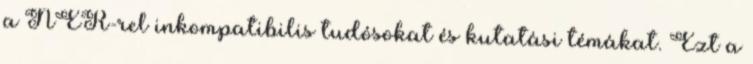
a NER-rel inkompatibilis tudósokat és kutatási témákat. Ezt a